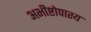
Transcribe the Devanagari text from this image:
अभीष्टोपास्य